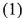
(1)